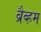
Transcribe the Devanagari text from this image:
ब्रैब्हम